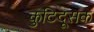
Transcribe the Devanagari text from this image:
कुटिदूसक